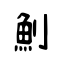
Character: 魝